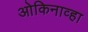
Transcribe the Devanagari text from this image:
ओकिनाव्हा